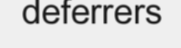
deferrers